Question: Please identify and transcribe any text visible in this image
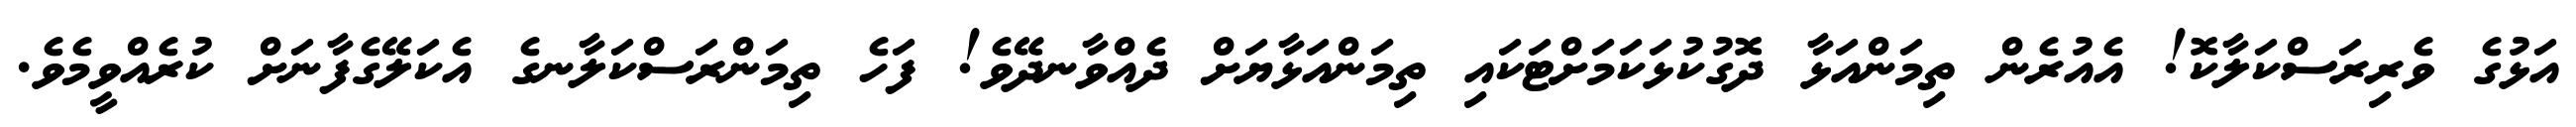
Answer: އަޅުގެ ވެރިރަސްކަލާކޮ! އެއުރެން ތިމަންއަޅާ ދޮގުކުޅަކަމަށްޓަކައި ތިމަންއަޅާޔަށް ދެއްވާނދޭވެ! ފަހެ ތިމަންރަސްކަލާނގެ އެކަލޭގެފާނަށް ކުރެއްވީމެވެ.